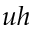
u h